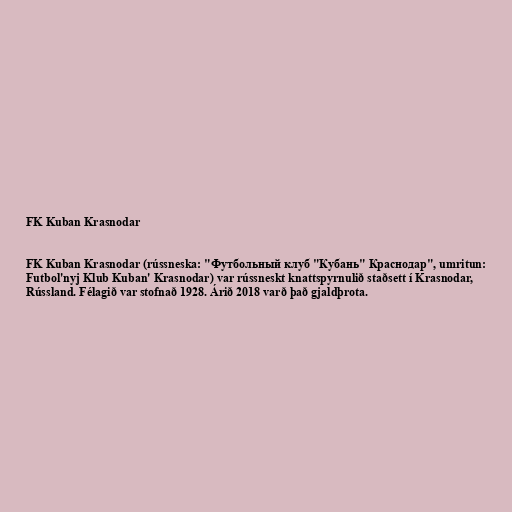
FK Kuban Krasnodar

FK Kuban Krasnodar (rússneska: "Футбольный клуб "Кубань" Краснодар", umritun:
Futbol'nyj Klub Kuban' Krasnodar) var rússneskt knattspyrnulið staðsett í Krasnodar,
Rússland. Félagið var stofnað 1928. Árið 2018 varð það gjaldþrota.